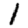
Digit: 1